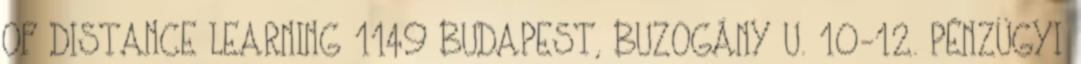
OF DISTANCE LEARNING 1149 BUDAPEST, BUZOGÁNY U. 10-12. PÉNZÜGYI